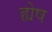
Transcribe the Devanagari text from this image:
ह्येष